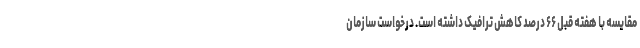
مقایسه با هفته قبل ۶۶ درصد کاهش ترافیک داشته است. درخواست سازمان